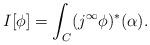
LaTeX: \begin{gather*}I[\phi]=\int_C (j^{\infty}\phi)^\ast(\alpha) .\end{gather*}